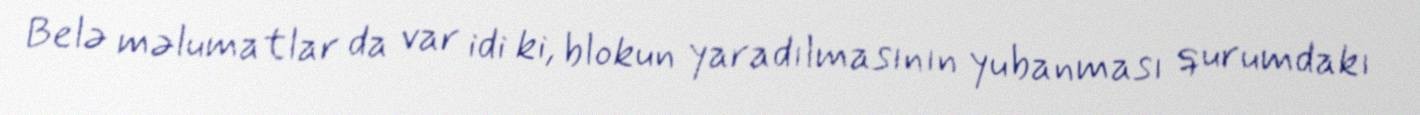
Belə məlumatlar da var idi ki, blokun yaradılmasının yubanması qurumdakı